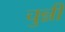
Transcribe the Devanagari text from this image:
चुन्नीं